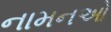
નામનઓ